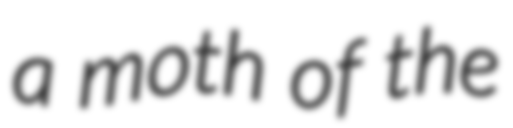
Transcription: a moth of the